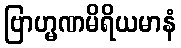
ဗြာဟ္မဏမိရိယမာနံ